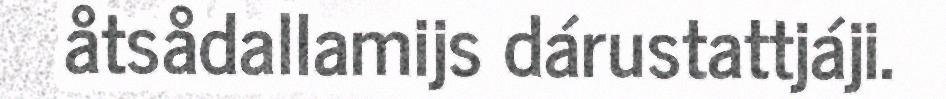
åtsådallamijs dárustattjáji.